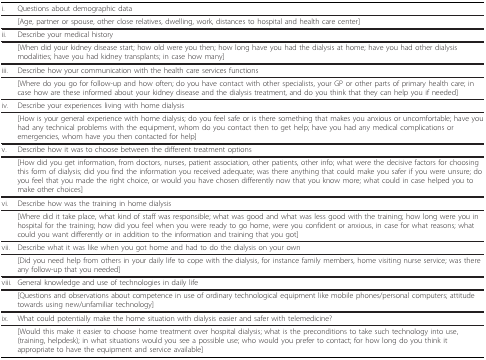
| i. | Questions about demographic data |
 | --- | --- |
 |  | [Age, partner or spouse, other close relatives, dwelling, work, distances to hospital and health care center] |
 | ii. | Describe your medical history |
 |  | [When did your kidney disease start; how old were you then; how long have you had the dialysis at home; have you had other dialysis modalities; have you had kidney transplants; in case how many] |
 | iii. | Describe how your communication with the health care services functions |
 |  | [Where do you go for follow-up and how often; do you have contact with other specialists, your GP or other parts of primary health care; in case how are these informed about your kidney disease and the dialysis treatment, and do you think that they can help you if needed] |
 | iv. | Describe your experiences living with home dialysis |
 |  | [How is your general experience with home dialysis; do you feel safe or is there something that makes you anxious or uncomfortable; have you had any technical problems with the equipment, whom do you contact then to get help; have you had any medical complications or emergencies, whom have you then contacted for help] |
 | v. | Describe how it was to choose between the different treatment options |
 |  | [How did you get information, from doctors, nurses, patient association, other patients, other info; what were the decisive factors for choosing this form of dialysis; did you find the information you received adequate; was there anything that could make you safer if you were unsure; do you feel that you made the right choice, or would you have chosen differently now that you know more; what could in case helped you to make other choices] |
 | vi. | Describe how was the training in home dialysis |
 |  | [Where did it take place, what kind of staff was responsible; what was good and what was less good with the training; how long were you in hospital for the training; how did you feel when you were ready to go home, were you confident or anxious, in case for what reasons; what could you want differently or in addition to the information and training that you got] |
 | vii. | Describe what it was like when you got home and had to do the dialysis on your own |
 |  | [Did you need help from others in your daily life to cope with the dialysis, for instance family members, home visiting nurse service; was there any follow-up that you needed] |
 | viii. | General knowledge and use of technologies in daily life |
 |  | [Questions and observations about competence in use of ordinary technological equipment like mobile phones/personal computers; attitude towards using new/unfamiliar technology] |
 | ix. | What could potentially make the home situation with dialysis easier and safer with telemedicine? |
 |  | [Would this make it easier to choose home treatment over hospital dialysis; what is the preconditions to take such technology into use, (training, helpdesk); in what situations would you see a possible use; who would you prefer to contact; for how long do you think it appropriate to have the equipment and service available] |